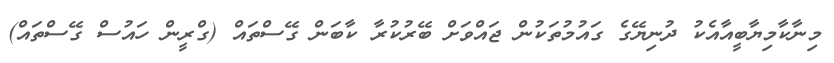
މިނާކާމިޔާބީއާއެކު ދުނިޔޭގެ ގައުމުތަކުން ޖައްވަށް ބޭރުކުރާ ކާބަން ގޭސްތައް (ގްރީން ހައުސް ގޭސްތައް)